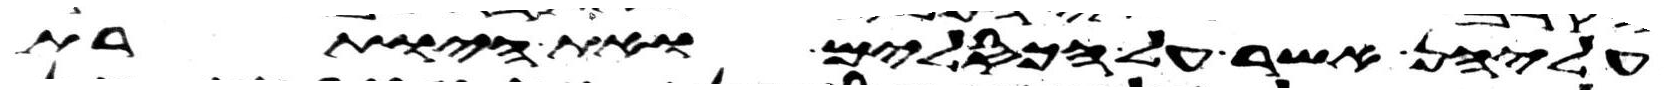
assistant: עליהן אשר על הכסלים ואת היותרת